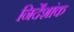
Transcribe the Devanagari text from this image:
निर्देंशांक